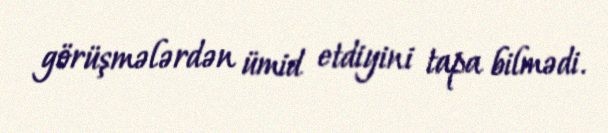
görüşmələrdən ümid etdiyini tapa bilmədi.